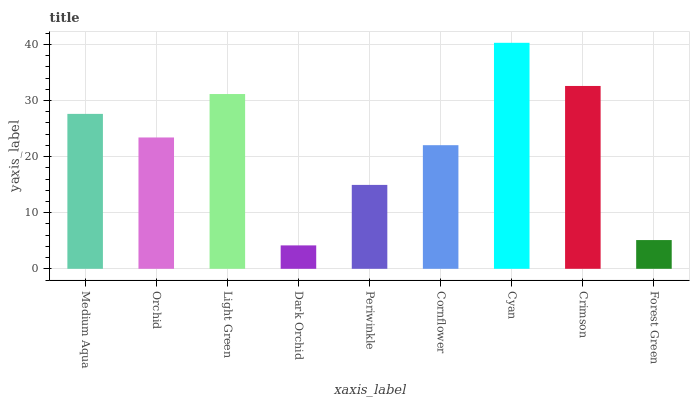
| xaxis_label | bars |
 | --- | --- |
 | Medium Aqua | 27.6 |
 | Orchid | 23.4 |
 | Light Green | 31.2 |
 | Dark Orchid | 4.17 |
 | Periwinkle | 15 |
 | Cornflower | 22 |
 | Cyan | 40.3 |
 | Crimson | 32.6 |
 | Forest Green | 5.13 |